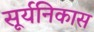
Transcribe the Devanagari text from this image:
सूर्यनिकास